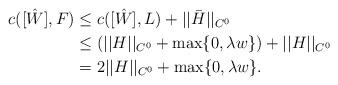
LaTeX: \begin{align*}c([\hat{W}],F)& \leq c([\hat{W}],L)+||\bar{H}||_{C^0}\\&\leq(||H||_{C^0}+\max\{0,\lambda w\})+||H||_{C^0}\\ & =2||H||_{C^0}+\max\{0,\lambda w\}.\end{align*}